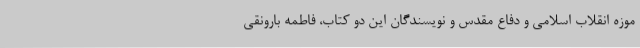
موزه انقلاب اسلامی و دفاع مقدس و نویسندگان این دو کتاب، فاطمه بارونقی